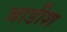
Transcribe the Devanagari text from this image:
बाडीश